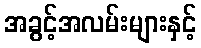
အခွင့်အလမ်းများနှင့်